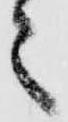
之